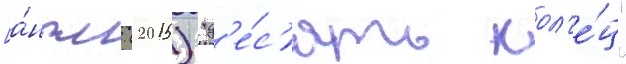
[а́нгл. (2015) "д'е́с'ять кол'е́ц"